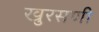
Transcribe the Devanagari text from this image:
खुरसणी